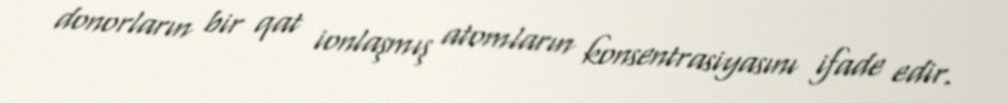
donorların bir qat ionlaşmış atomların konsentrasiyasını ifade edir.